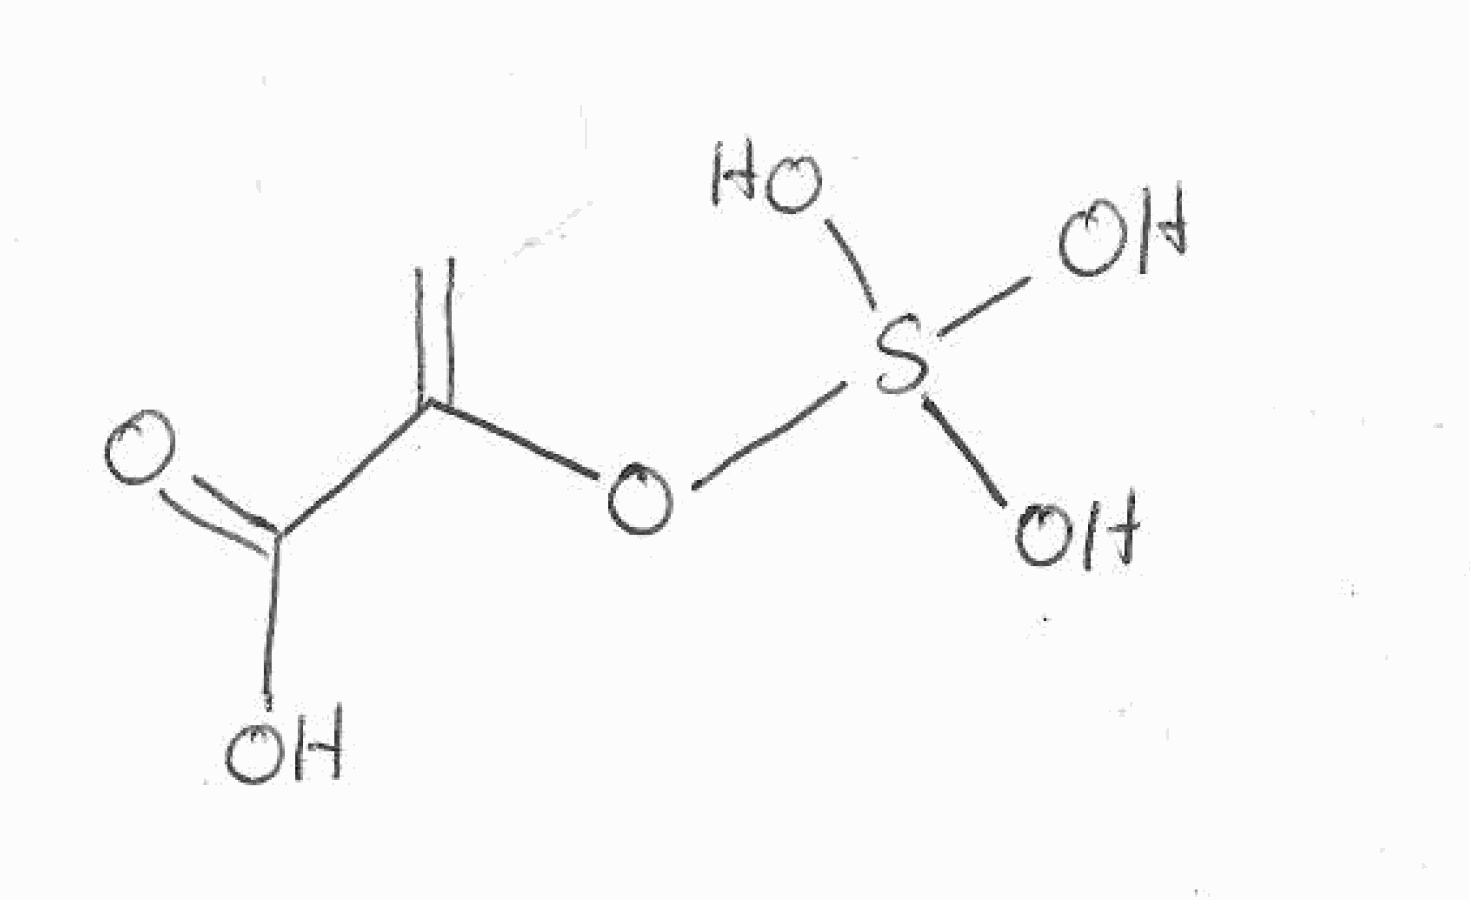
Simplified molecular-input line-entry system (SMILES) notation of the given molecule:
C=C(C(=O)O)OS(O)(O)O